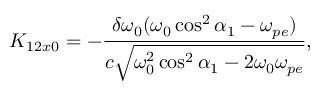
K _ { 1 2 x 0 } = - \frac { \delta \omega _ { 0 } ( \omega _ { 0 } \cos ^ { 2 } \alpha _ { 1 } - \omega _ { p e } ) } { c \sqrt { \omega _ { 0 } ^ { 2 } \cos ^ { 2 } \alpha _ { 1 } - 2 \omega _ { 0 } \omega _ { p e } } } ,